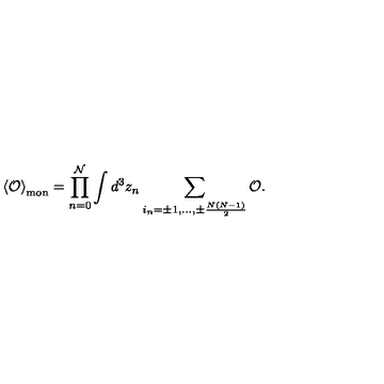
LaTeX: \left< { \cal O } \right> _ { \mathrm { m o n } } = \prod _ { n = 0 } ^ { \cal N } \int d ^ { 3 } z _ { n } \sum _ { i _ { n } = \pm 1 , \ldots , \pm \frac { N ( N - 1 ) } { 2 } } ^ { } { \cal O } .